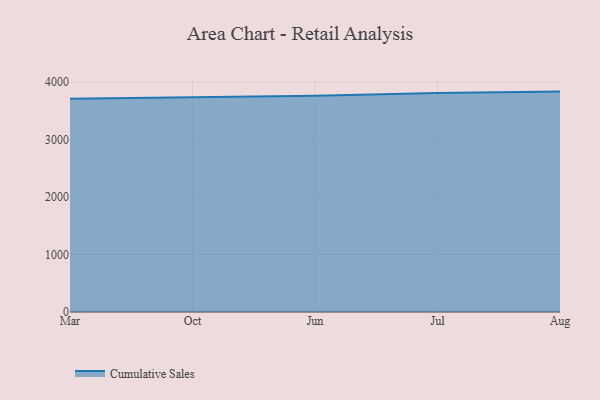
{"axis": {"x": "Month", "y": "Bounce Rate (%)"}, "legend": ["Cumulative Sales"], "data": [{"x": "Mar", "y": 3712.8, "type": "Cumulative Sales"}, {"x": "Oct", "y": 3736.8, "type": "Cumulative Sales"}, {"x": "Jun", "y": 3764.8, "type": "Cumulative Sales"}, {"x": "Jul", "y": 3810.3, "type": "Cumulative Sales"}, {"x": "Aug", "y": 3835.6, "type": "Cumulative Sales"}]}